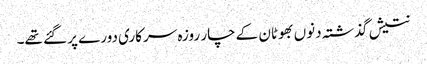
نتیش گذشتہ دنوں بھوٹان کے چار روزہ سرکاری دورے پر گئے تھے۔